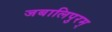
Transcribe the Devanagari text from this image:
जबालिपुरम्